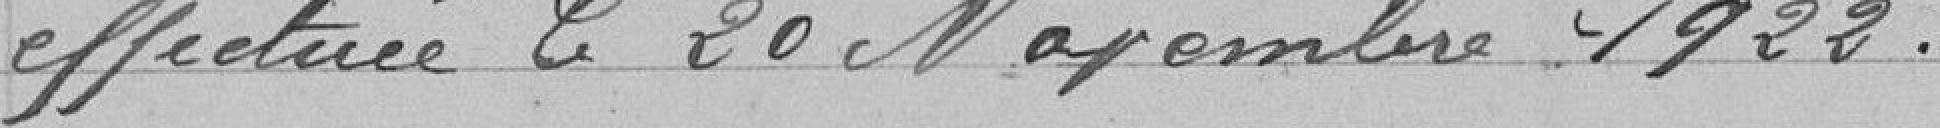
effectuée le 20 Novembre 1922.